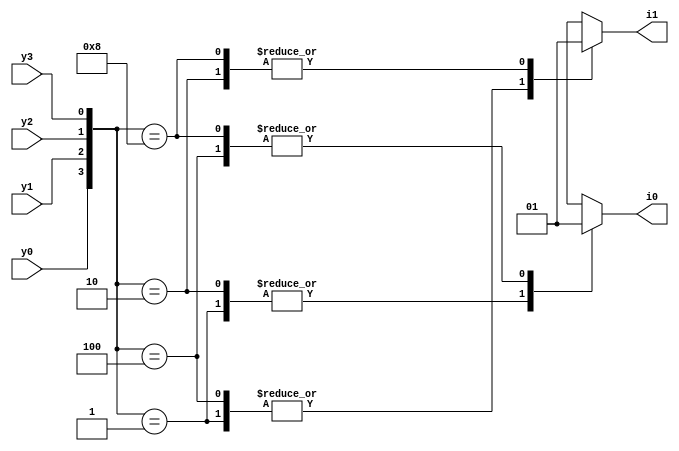
// Code your design here


module encoder(input y0, y1, y2, y3,
               output reg i0,i1);
  
  
  always@(*) begin
    
    case({y0,y1,y2,y3})
      
      4'b0001 : {i0,i1} = 2'b00;
               
      
      4'b0010 : {i0,i1} = 2'b01;
      
      4'b0100 : {i0,i1} = 2'b10;
      
      4'b1000 : {i0,i1} = 2'b11;
      
      default: {i1, i0} = 2'bxx;
    endcase
    
  end
endmodule


// Code your testbench here
// or browse Examples


module encoder_tb;
  
  reg y0,y1,y2,y3;
  wire  i0,i1;
  
  encoder dut(.y0(y0),.y1(y1),.y2(y2),.y3(y3),.i0(i0),.i1(i1));
  
  initial begin
    
    $monitor("time = %0t | y0 = %b | y1 = %b | y2 = %b | y3 =%b | i0 = %b |i1 = %b ",$time,y0,y1,y2,y3,i0,i1);
    
    y0 = 0; y1 = 0; y2 = 0; y3 = 1;
        

    
    y0 = 0; y1 = 0; y2 = 0; y3 = 1; #10; 
    
    y0 = 0; y1 = 0; y2 = 1; y3 = 0; #10; 
    
    y0 = 0; y1 = 1; y2 = 0; y3 = 0; #10; 
    
    y0 = 0; y1 = 1; y2 = 0; y3 = 1; #10;
    
    y0 = 1; y1 = 0; y2 = 0; y3 = 0; #10;
    
  end
  initial begin
    
    $dumpfile("encoder.vcd");
    $dumpvars(0,encoder_tb);
  end
endmodule